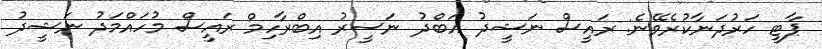
ޕާޓީ ހަރުދަނާކުރެވޭނެ: ރައީސް ނަޝީދު އަބްދު ނަސީރު އިބްރާހިމް ރައީސް މުހައްމަދު ނަޝީދު